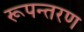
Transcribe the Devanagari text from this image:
रूपन्तरण